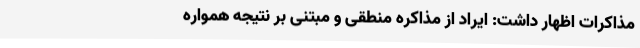
مذاکرات اظهار داشت: ایراد از مذاکره منطقی و مبتنی بر نتیجه همواره